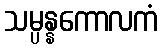
သမ္ပန္နကောလကံ